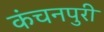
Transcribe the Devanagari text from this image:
कंचनपुरी